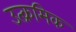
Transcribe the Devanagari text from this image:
उत्क्रमिक